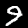
Digit: 9